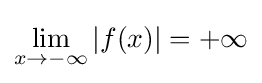
\lim _{x\to -\infty }{|f(x)|}=+\infty